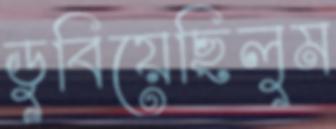
ডুবিয়েছিলুম